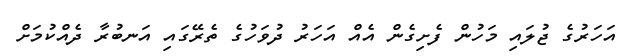
އަހަރުގެ ޖުލައި މަހުން ފެށިގެން އެއް އަހަރު ދުވަހުގެ ތެރޭގައި އަނބުރާ ދެއްކުމަށް